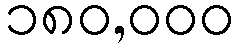
၁၈၀,၀၀၀